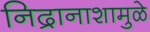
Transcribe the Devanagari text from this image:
निद्रानाशामुळे